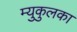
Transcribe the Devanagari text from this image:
म्युकुलका